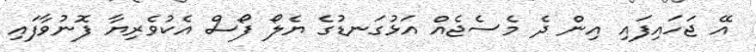
އޭ ޖަހައިފައި އިން ދެ މެސެޖެއް އަޅުގަނޑުގެ ޔެލޯ ފޯސް އެކުވެރިޔާ ފޮނުވާފައި